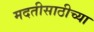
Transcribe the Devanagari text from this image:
मदतीसाठीच्या